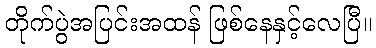
တိုက်ပွဲအပြင်းအထန် ဖြစ်နေနှင့်လေပြီ။